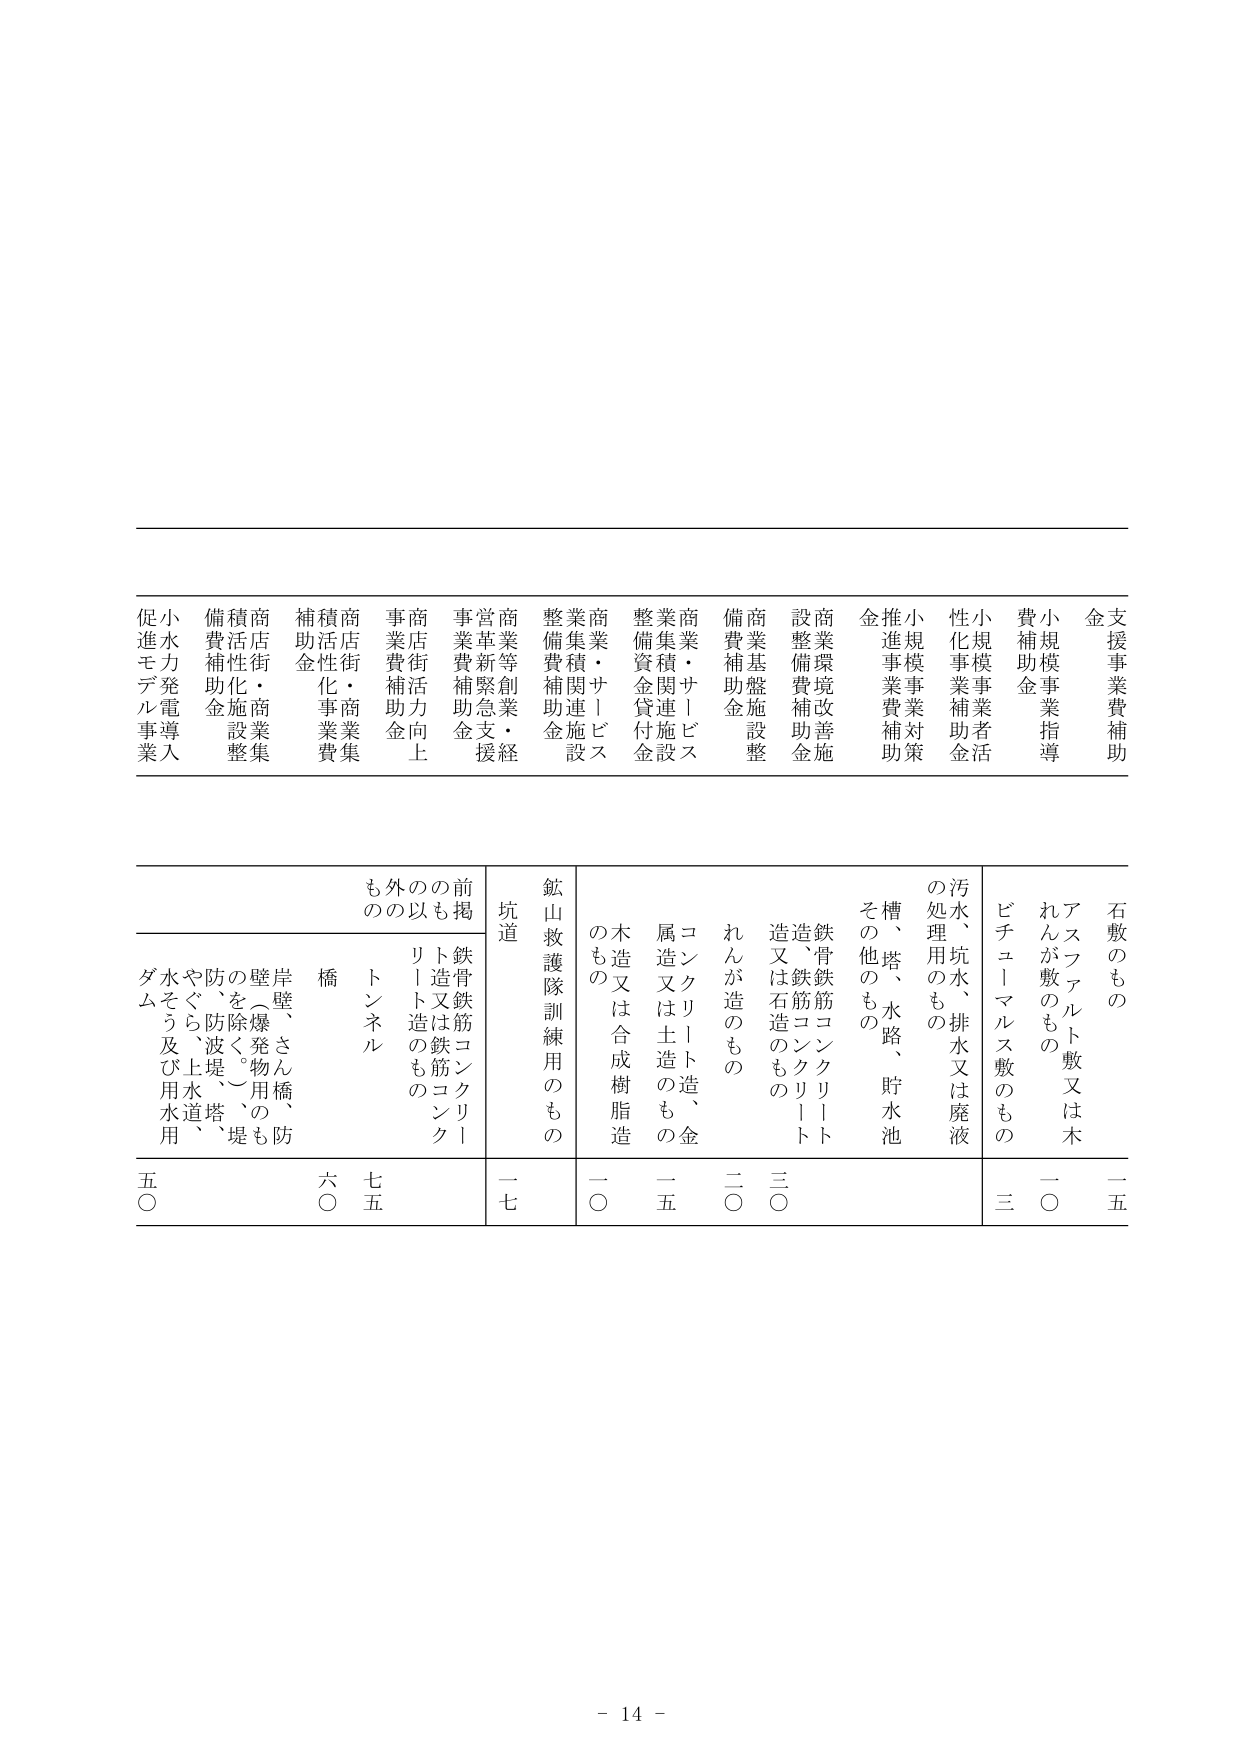
支援事業費補助
金
小規模事業指導
費補助金
小規模事業者活性化事業補助金
推進事業費補助金
小規模事業対策
金
商業環境改善施設整備費補助金
商業基盤施設整備費補助金
商業・サービス業集積関連施設整備費補助金
商業・サービス業集積関連施設整備資金貸付金
商業等創業・経営革新緊急支援事業費補助金
商店街活性向上事業費補助金
商店街・商業集積活性化事業費補助金
商店街・商業集積活性化施設整備費補助金
小水力発電導入促進モデル事業
石敷のもの
一五
アスファルト敷又は木れんが敷のもの
一〇
ビチューマルス敷のもの
三
汚水、坑水、排水又は廃液の処理用のもの
槽、塔、水路、貯水池
その他のもの
鉄筋コンクリート造、又は石造のもの
二〇
れんが造のもの
三〇
コンクリート造、金属造又は土造のもの
一五
木造又は合成樹脂造のもの
一〇
鉱山救護隊訓練用のもの
坑道
一七
前掲鉄骨鉄筋コンクリート造又は鉄筋コンクリート造のもの
外のもの
トンネル
橋
岸壁、さん橋、防壁（爆発物用のもの）を除く。防、防波堤、堤やぐら、土水道、水そう及び用水用ダム
六〇
七五
五〇
- 14 -